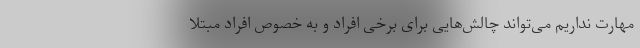
مهارت نداریم می‌تواند چالش‌هایی برای برخی افراد و به خصوص افراد مبتلا